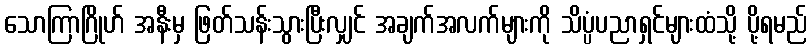
သောကြာဂြိုဟ် အနီးမှ ဖြတ်သန်းသွားပြီးလျှင် အချက်အလက်များကို သိပ္ပံပညာရှင်များထံသို့ ပို့ရမည်